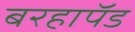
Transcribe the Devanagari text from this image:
बरहापॅड